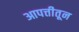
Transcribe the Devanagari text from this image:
आपत्तीतून